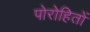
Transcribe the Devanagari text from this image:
पोरोहितों